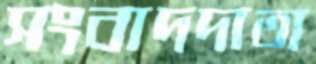
সংবাদদাতা